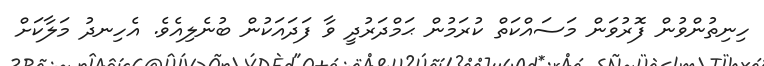
ހިނިތުންވުން ފޮރުވަން މަސައްކަތް ކުރަމުން ޙަމްދަރުދީ ވާ ފަދައަކުން ބުނެލިއެވެ. އެހިނދު މަލާކަށް